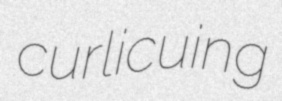
curlicuing